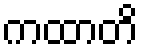
ကထာတိ